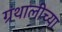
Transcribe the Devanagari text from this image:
ग्रंथालीच्‍या